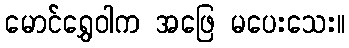
မောင်ရွှေဝါက အဖြေ မပေးသေး။